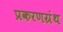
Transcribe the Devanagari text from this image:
प्रकरणग्रंथ